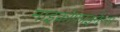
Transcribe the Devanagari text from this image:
माइक्रोफ़ाइनैन्स